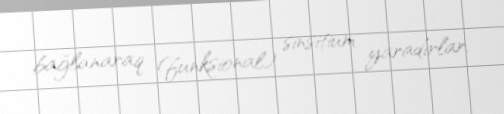
bağlanaraq (funksional) sinsitium yaradırlar.